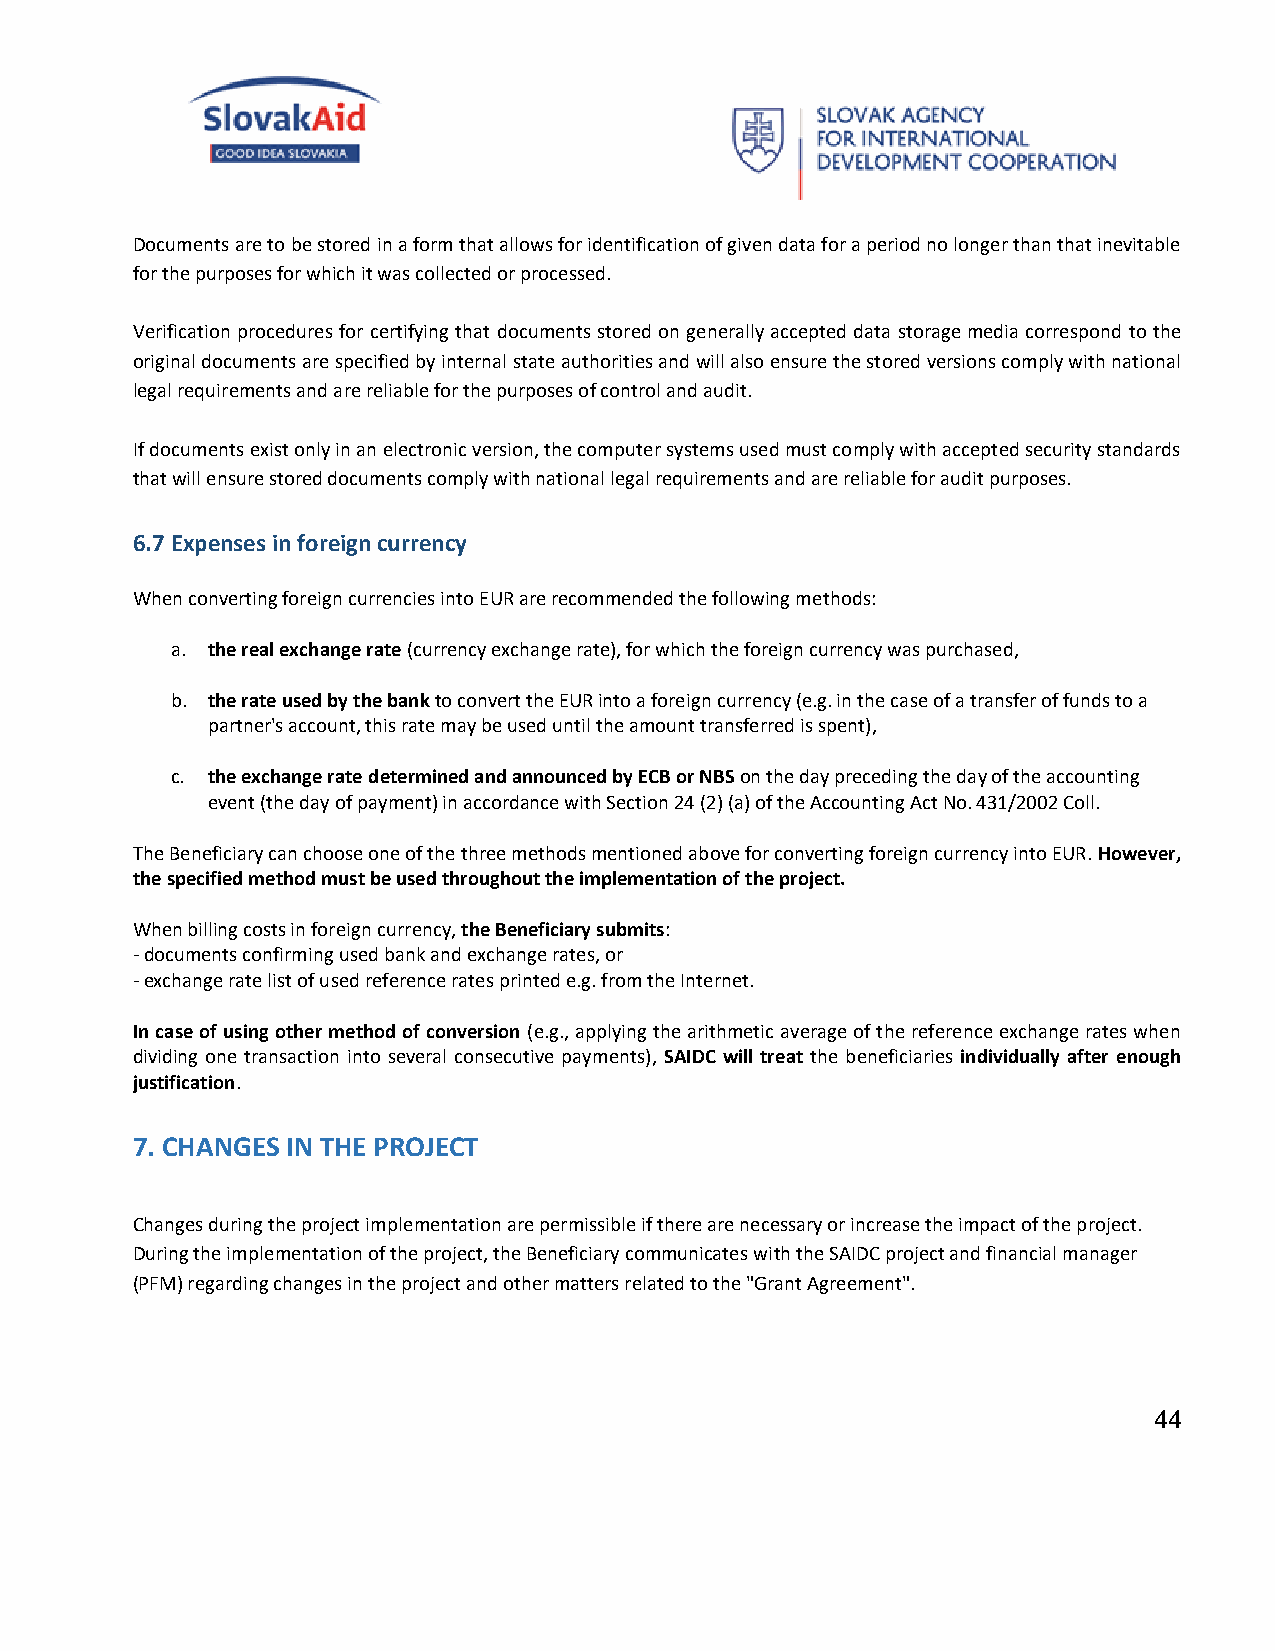
Documents are to be stored in a form that allows for identification of given data for a period no longer than that inevitable
 for the purposes for which it was collected or processed.
 Verification procedures for certifying that documents stored on generally accepted data storage media correspond to the
 original documents are specified by internal state authorities and will also ensure the stored versions comply with national
 legal requirements and are reliable for the purposes of control and audit.
 If documents exist only in an electronic version, the computer systems used must comply with accepted security standards
 that will ensure stored documents comply with national legal requirements and are reliable for audit purposes.
 6.7 Expenses in foreign currency
 When converting foreign currencies into EUR are recommended the following methods:
 a. the real exchange rate (currency exchange rate), for which the foreign currency was purchased,
 b. the rate used by the bank to convert the EUR into a foreign currency (e.g. in the case of a transfer of funds to a
 partner's account, this rate may be used until the amount transferred is spent),
 c. the exchange rate determined and announced by ECB or NBS on the day preceding the day of the accounting
 event (the day of payment) in accordance with Section 24 (2) (a) of the Accounting Act No. 431/2002 Coll.
 The Beneficiary can choose one of the three methods mentioned above for converting foreign currency into EUR. However,
 the specified method must be used throughout the implementation of the project.
 When billing costs in foreign currency, the Beneficiary submits:
 - documents confirming used bank and exchange rates, or
 - exchange rate list of used reference rates printed e.g. from the Internet.
 In case of using other method of conversion (e.g., applying the arithmetic average of the reference exchange rates when
 dividing one transaction into several consecutive payments), SAIDC will treat the beneficiaries individually after enough
 justification.
 7. CHANGES IN THE PROJECT
 Changes during the project implementation are permissible if there are necessary or increase the impact of the project.
 During the implementation of the project, the Beneficiary communicates with the SAIDC project and financial manager
 (PFM) regarding changes in the project and other matters related to the "Grant Agreement".
 44